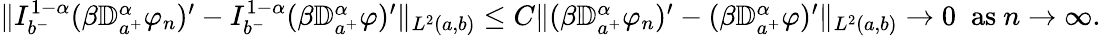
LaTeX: \begin{array}{r}{\| I_{b^{-}}^{1-\alpha}(\beta{\mathbb D}_{a^{+}}^{\alpha}\varphi_{n})^{\prime}-I_{b^{-}}^{1-\alpha}(\beta{\mathbb D}_{a^{+}}^{\alpha}\varphi)^{\prime}\| _{L^{2}(a,b)}\leq C\| (\beta{\mathbb D}_{a^{+}}^{\alpha}\varphi_{n})^{\prime}-(\beta{\mathbb D}_{a^{+}}^{\alpha}\varphi)^{\prime}\| _{L^{2}(a,b)}\to 0\; \mathrm{~as~}n\to\infty.}\end{array}